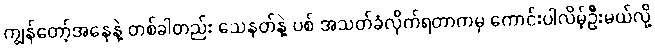
ကျွန်တော့်အနေနဲ့ တစ်ခါတည်း သေနတ်နဲ့ ပစ် အသတ်ခံလိုက်ရတာကမှ ကောင်းပါလိမ့်ဦးမယ်လို့